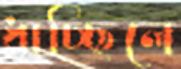
ধাচ্ছিলে